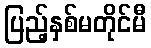
ပြည့်နှစ်မတိုင်မီ